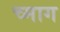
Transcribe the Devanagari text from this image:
च्माग